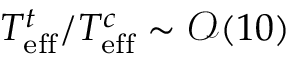
T _ { \mathrm { e f f } } ^ { t } / T _ { \mathrm { e f f } } ^ { c } \sim \mathcal { O } ( 1 0 )